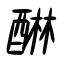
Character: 醂